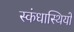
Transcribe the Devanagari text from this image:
स्कंधास्थियों